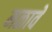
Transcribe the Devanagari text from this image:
मळावे